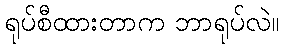
ရုပ်စီထားတာက ဘာရုပ်လဲ။